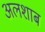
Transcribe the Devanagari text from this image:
अलशाब